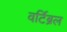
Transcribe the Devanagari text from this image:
वर्टिब्रल